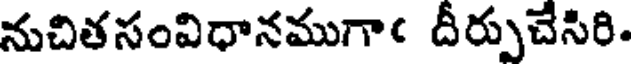
నుచితసంవిధానముగాఁ దీర్పుచేసిరి.